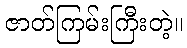
ဇာတ်ကြမ်းကြီးတဲ့။